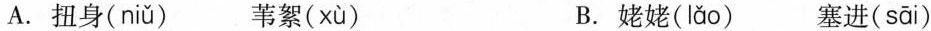
A. 扭身( niǔ ) 苇絮( xù ) B. 姥姥( lǎo ) 塞进( sāi )